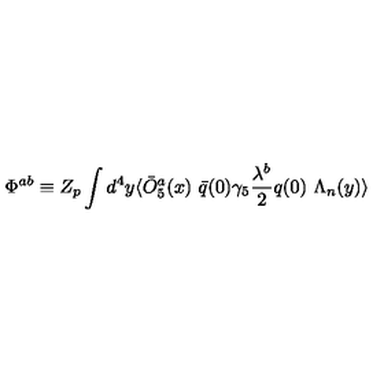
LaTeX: \Phi ^ { a b } \equiv Z _ { p } \int d ^ { 4 } y \langle \bar { O } _ { 5 } ^ { a } ( x ) \ \bar { q } ( 0 ) \gamma _ { 5 } { \frac { \lambda ^ { b } } { 2 } } q ( 0 ) \ \Lambda _ { n } ( y ) \rangle